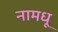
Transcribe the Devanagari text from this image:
नामधू